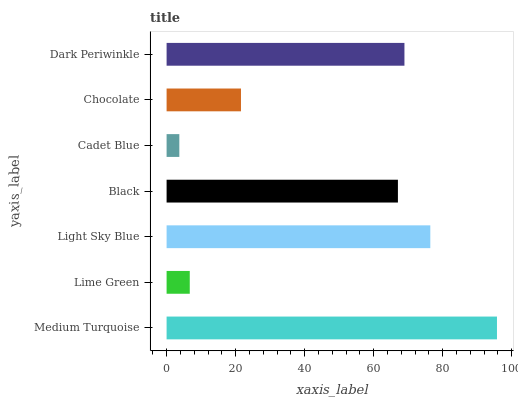
| yaxis_label | bars |
 | --- | --- |
 | Medium Turquoise | 95.7 |
 | Lime Green | 6.71 |
 | Light Sky Blue | 76.4 |
 | Black | 67 |
 | Cadet Blue | 3.69 |
 | Chocolate | 21.6 |
 | Dark Periwinkle | 68.9 |